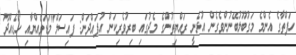
ހަފްތާގެ އެންމެ މަގުބޫލުބޭނުންވެގެން އުޅެނީ ރައްޔިތުންގެ މެދުގައި ބިރުވެރިކަން އުފައްދަން: ފައިސަލް"މަޑަވެއްޔާއި ހޯޑެއްދޫ